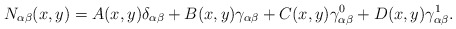
\begin{align*}N_{\alpha \beta}(x,y)=A(x,y)\delta _{\alpha \beta}+B(x,y) \gamma _{\alpha\beta}+C(x,y) \gamma _{\alpha \beta}^0 +D(x,y) \gamma _{\alpha \beta}^1 .\end{align*}